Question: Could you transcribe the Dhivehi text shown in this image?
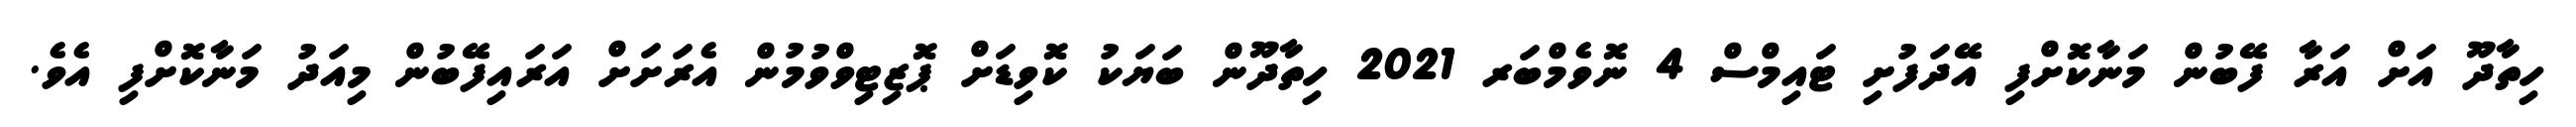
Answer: ހިތާދޫ އަށް އަރާ ފޭބުން މަނާކޮށްފި އޭދަފުށި ޓައިމްސް 4 ނޮވެމްބަރ 2021 ހިތާދޫން ބަޔަކު ކޮވިޑަށް ޕޮޒިޓިވްވުމުން އެރަށަށް އަރައިފޭބުން މިއަދު މަނާކޮށްފި އެވެ.